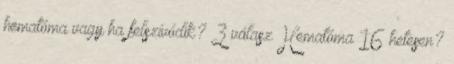
hematóma vagy ha felszívódik? 3 válasz Hematóma 16 hetesen?